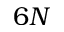
6 N